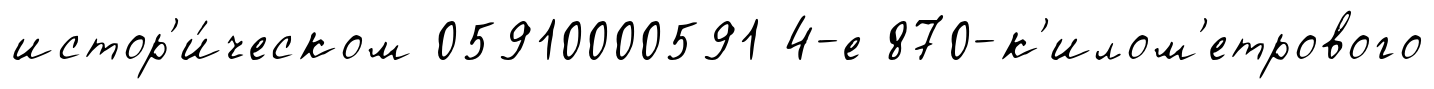
истор'и́ческом 05910000591 4-е 870-к'илом'етрового